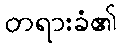
တရားခံ၏